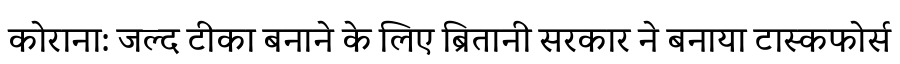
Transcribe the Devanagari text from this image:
कोराना: जल्द टीका बनाने के लिए ब्रितानी सरकार ने बनाया टास्कफोर्स